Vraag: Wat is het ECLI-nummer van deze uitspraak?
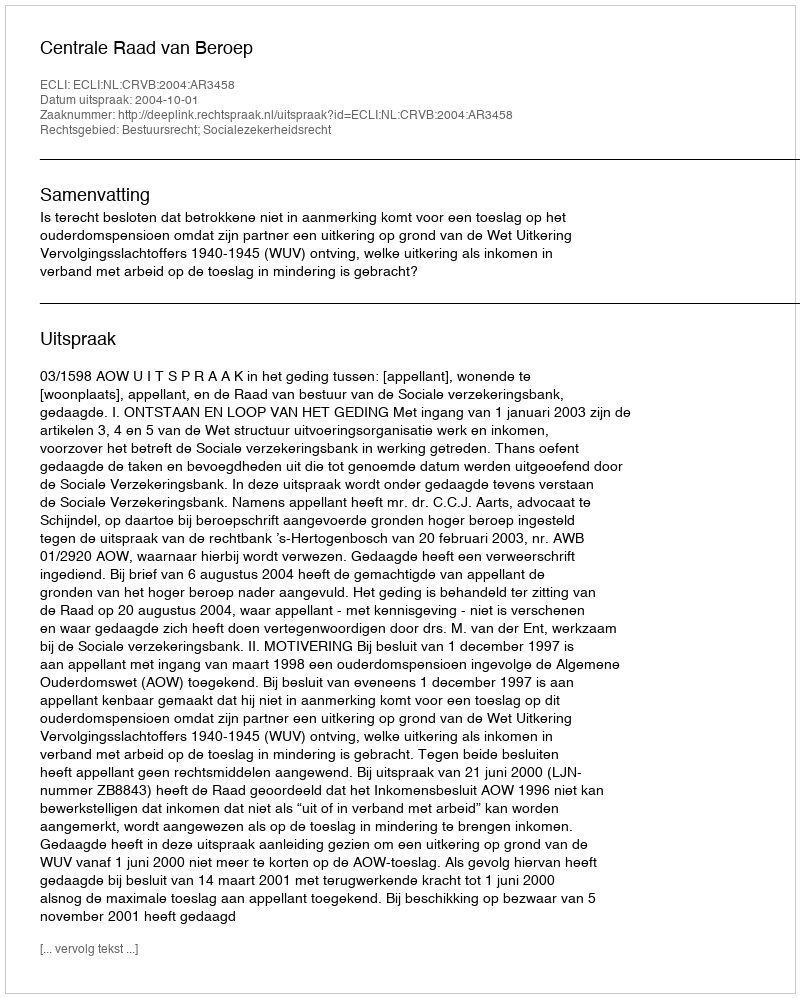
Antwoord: ECLI:NL:CRVB:2004:AR3458